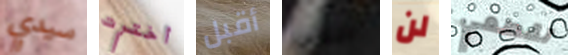
سيدي أخترت أقبل التاجر لن تقطعي